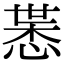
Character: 𢜨